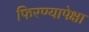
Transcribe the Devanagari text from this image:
फिरण्यापेक्षा